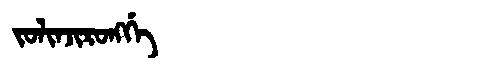
Manchu: ᠵᠣᠯᡳᠨᠵᡳᡵᠣᠩᡤᡝ
Romanization: JOLINJIRONGGE